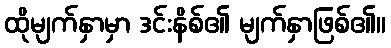
ထိုမျက်နှာမှာ ဒင်းနိစ်၏ မျက်နှာဖြစ်၏။